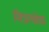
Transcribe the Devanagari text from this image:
मित्रलोक